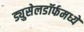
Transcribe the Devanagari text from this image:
ड्युसेलडॉर्फमध्ये